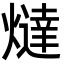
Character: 燵